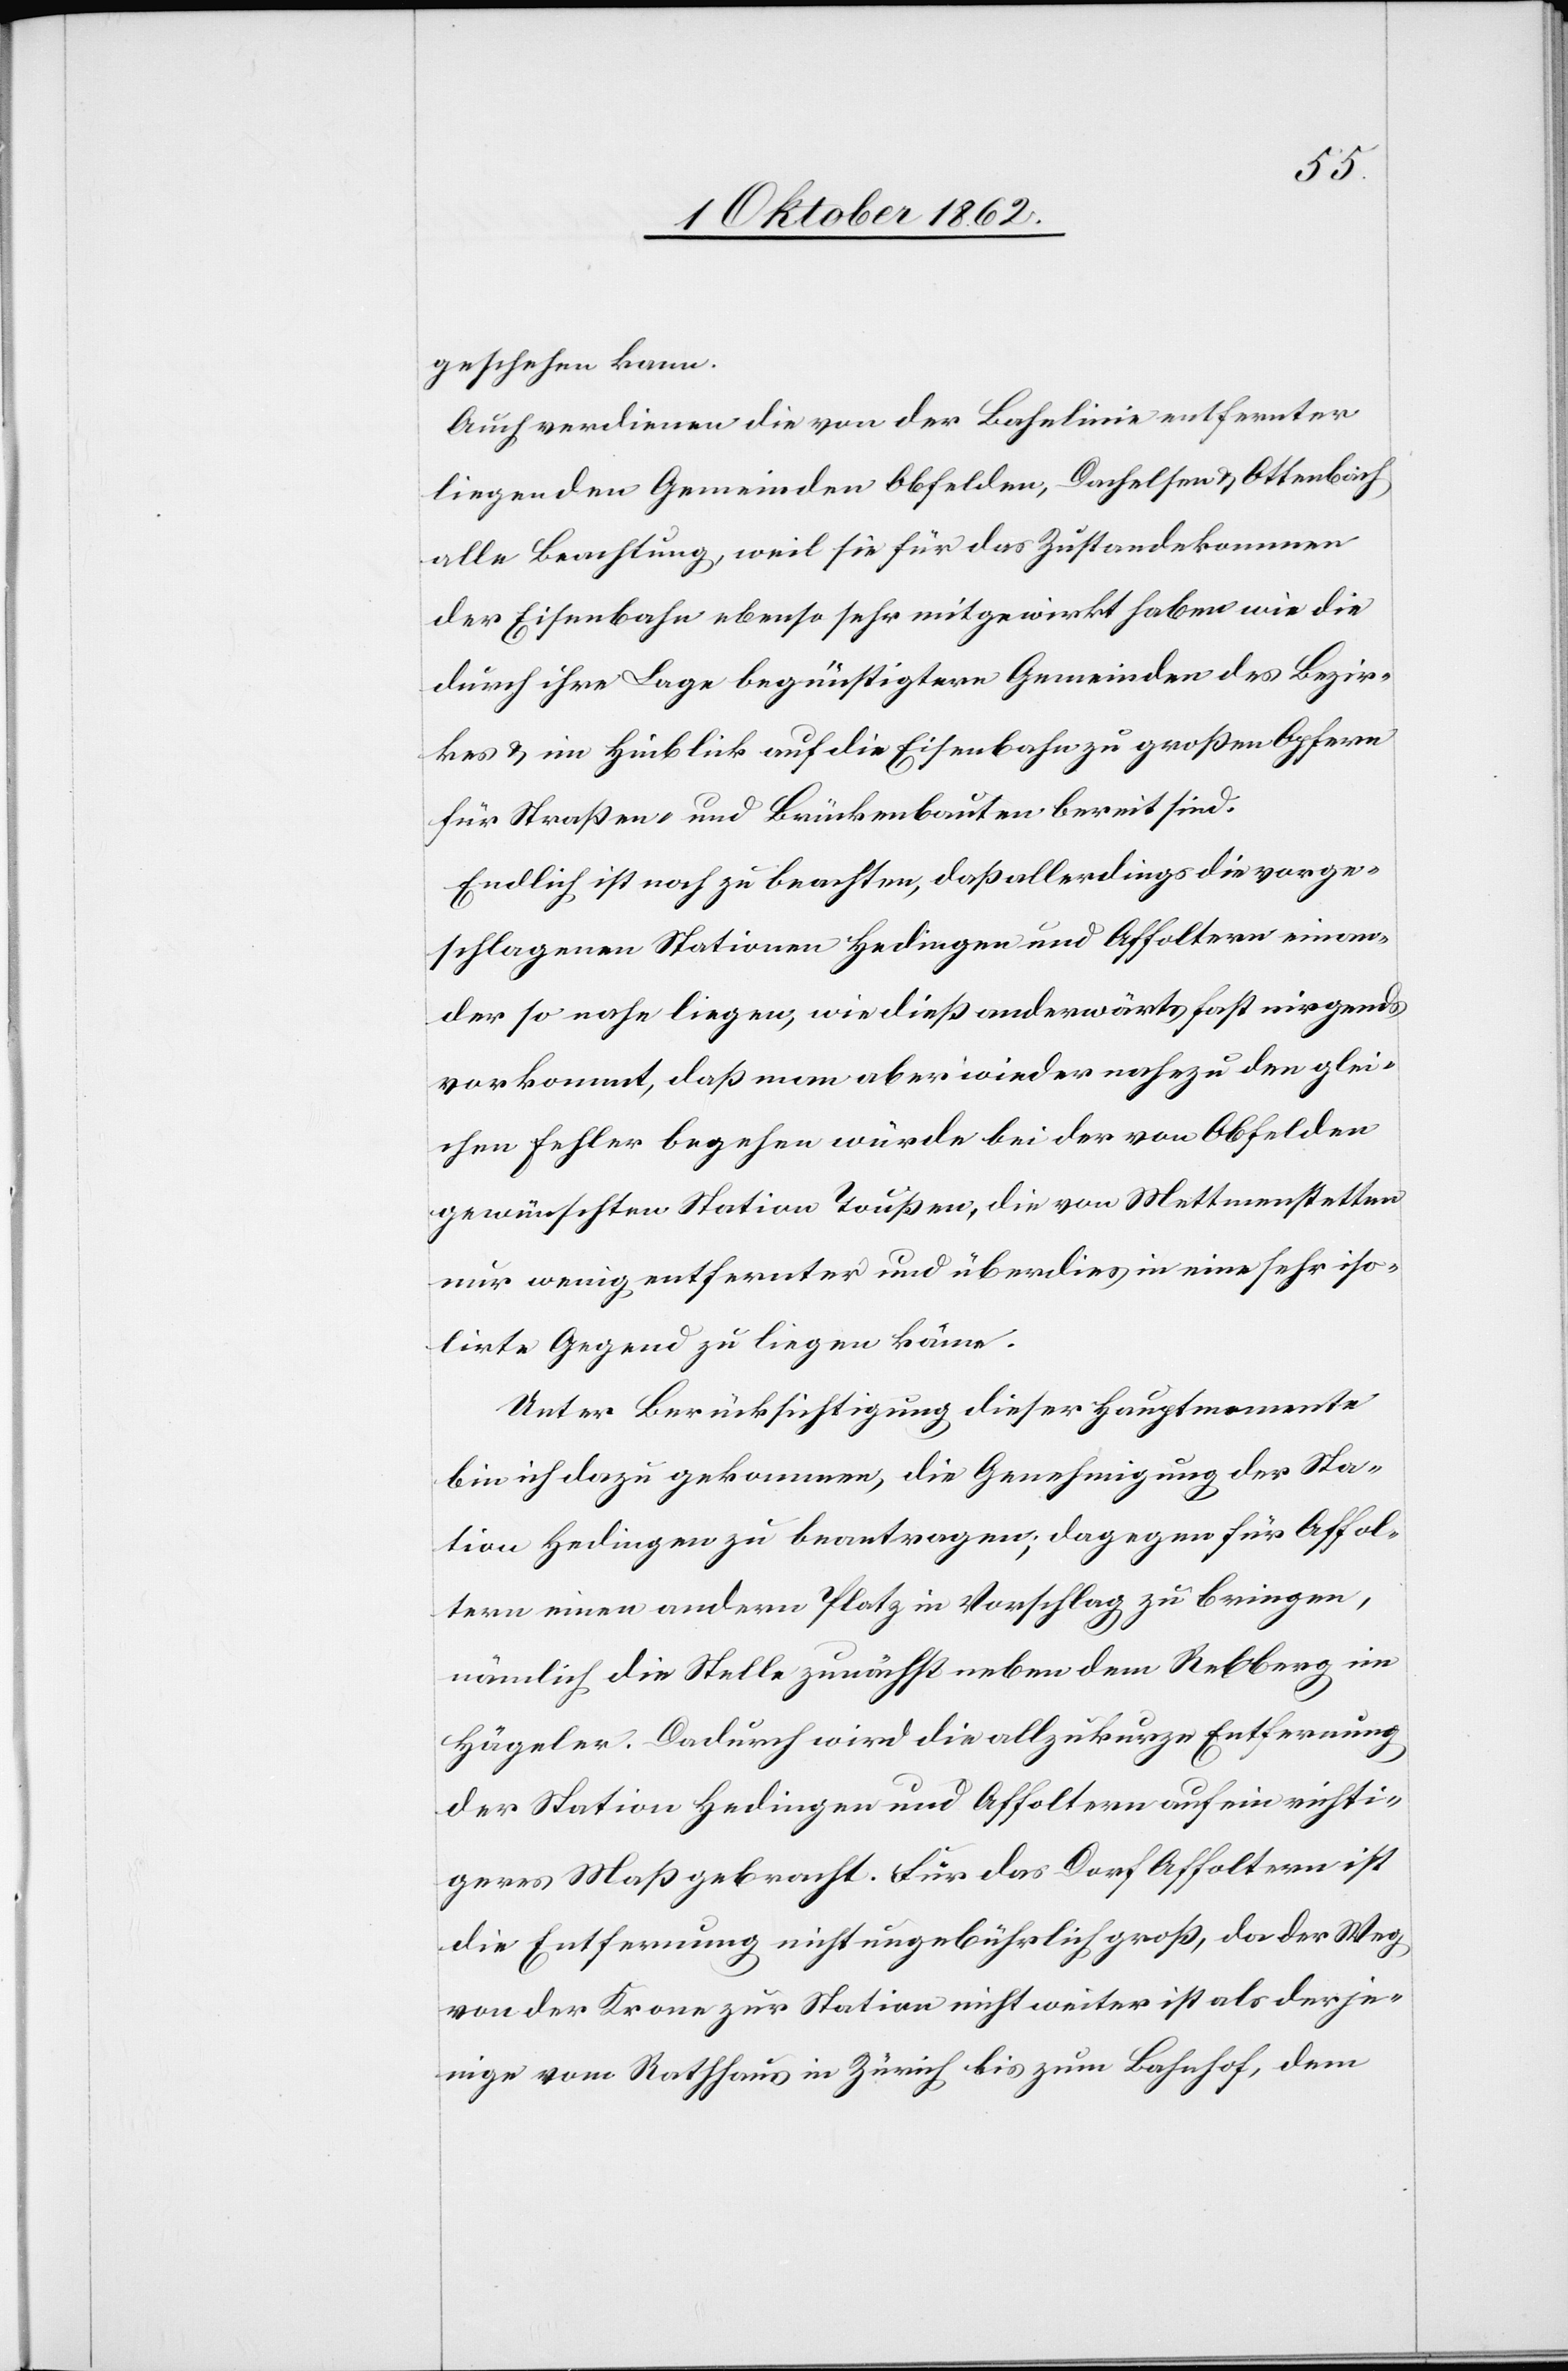
geschehen kann.
Auch verdienen die von der Bahnlinie entfernter
liegenden Gemeinden Obfelden, Dachelsen u. Ottenbach
alle Beachtung, weil sie für das Zustandekommen
der Eisenbahn ebenso sehr mitgewirkt haben wie die
durch ihre Lage begünstigtern Gemeinden des Bezir¬
kes u. im Hinblick auf die Eisenbahn zu großen Opfern
für Straßen und Brückenbauten bereit sind.
Endlich ist noch zu beachten, daß allerdings die vorge¬
schlagenen Stationen Hedingen und Affoltern einan¬
der so nahe liegen, wie dieß anderwärts fast nirgends
vorkommt, daß man aber wieder nahezu den glei¬
chen Fehler begehen würde bei der von Obfelden
gewünschten Station Toußen, die von Mettmenstetten
nur wenig entfernter und überdieß in eine sehr iso¬
lirte Gegend zu liegen käme.
Unter Berücksichtigung dieser Hauptmomente
bin ich dazu gekommen, die Genehmigung der Sta¬
tion Hedingen zu beantragen, dagegen für Affol¬
tern einen andern Platz in Vorschlag zu bringen,
nämlich die Stelle zunächst neben dem Rebberg im
Hägeler. Dadurch wird die allzu kurze Entfernung
der Station Hedingen und Affoltern auf ein wichti¬
geres Maß gebracht. Für das Dorf Affoltern ist
die Entfernung nicht ungebührlich groß, da der Weg
von der Krone zur Station nicht weiter ist als derje¬
nige vom Rathhaus in Zürich bis zum Bahnhof, dem